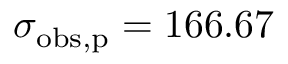
\sigma _ { \mathrm { o b s , p } } = 1 6 6 . 6 7